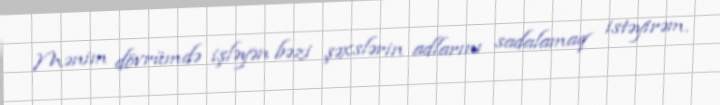
Mənim dövrümdə işləyən bəzi şəxslərin adlarını sadalamaq istəyirəm.